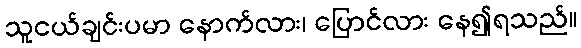
သူငယ်ချင်းပမာ နောက်လား၊ ပြောင်လား နေ၍ရသည်။